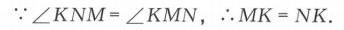
\(\because\angle KNM = \angle KMN\)，\(\therefore MK = NK\).